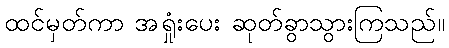
ထင်မှတ်ကာ အရှုံးပေး ဆုတ်ခွာသွားကြသည်။